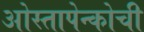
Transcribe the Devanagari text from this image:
ओस्तापेन्कोची